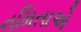
નમિતાએ